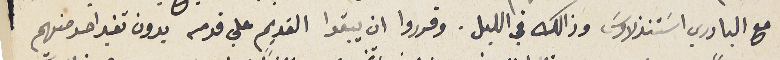
مع البادري اسَتنذلاوسَ وذالك في الليل. وقرروا ان يبقوا القديم على قدمه بدون تغير احد منهم